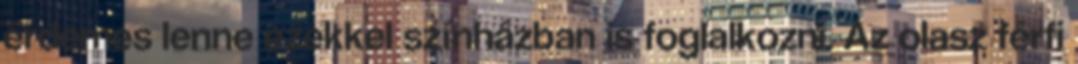
érdemes lenne ezekkel színházban is foglalkozni. Az olasz férfi